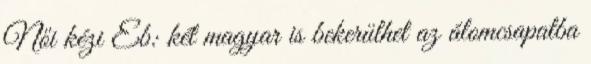
Női kézi Eb: két magyar is bekerülhet az álomcsapatba